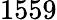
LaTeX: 1559